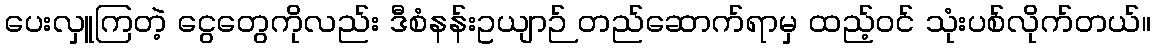
ပေးလှူကြတဲ့ ငွေတွေကိုလည်း ဒီစံနန်းဥယျာဉ် တည်ဆောက်ရာမှ ထည့်ဝင် သုံးပစ်လိုက်တယ်။